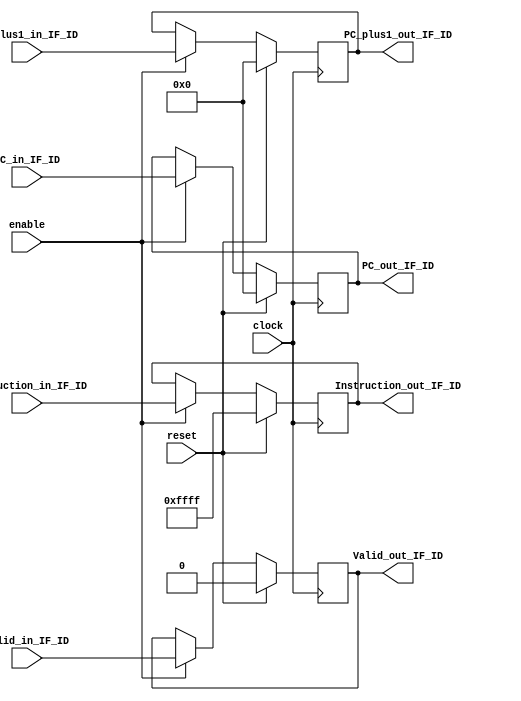
module IF_ID_reg
(
PC_plus1_out_IF_ID,
PC_out_IF_ID,
Instruction_out_IF_ID,
Valid_out_IF_ID,
	
PC_plus1_in_IF_ID,
PC_in_IF_ID,
Instruction_in_IF_ID,
Valid_in_IF_ID,
clock,
reset,
enable
);

output reg [15:0] PC_plus1_out_IF_ID,PC_out_IF_ID, Instruction_out_IF_ID;
output reg Valid_out_IF_ID;

input [15:0] Instruction_in_IF_ID, PC_plus1_in_IF_ID, PC_in_IF_ID;
input Valid_in_IF_ID, clock, reset, enable;

initial
begin
	PC_plus1_out_IF_ID = 16'b0;
	Instruction_out_IF_ID = 16'b1111111111111111;
	PC_out_IF_ID = 16'b0;
	Valid_out_IF_ID = 1'b0;
end

always @(posedge clock)
begin
	if(reset) // If reset is enable we need to clear the registers
	begin
		PC_plus1_out_IF_ID <= 16'b0;
		Instruction_out_IF_ID <= 16'b1111111111111111;
		PC_out_IF_ID <= 16'b0;
		Valid_out_IF_ID <= 1'b0;
	end
	else if(enable)
	begin
		PC_plus1_out_IF_ID <= PC_plus1_in_IF_ID;
		PC_out_IF_ID <= PC_in_IF_ID;
		Instruction_out_IF_ID <= Instruction_in_IF_ID;
		Valid_out_IF_ID <= Valid_in_IF_ID;
	end
end
endmodule